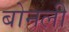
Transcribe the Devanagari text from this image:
बोनली